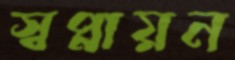
স্বপ্নায়ন